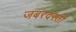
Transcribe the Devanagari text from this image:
जबरदस्‍ती